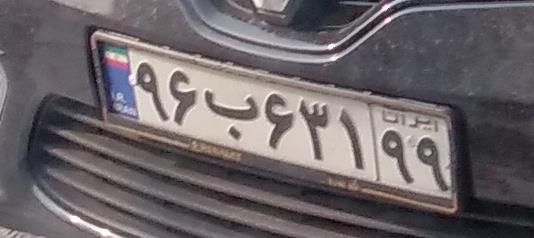
۹۶ب۶۳۱۹۹